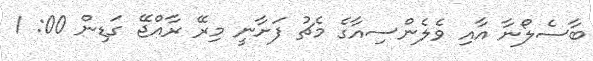
ބާސެލޯނާ އާއި ވެލެންސިއާގެ މެޗު ފަށާނީ މިރޭ ރާއްޖޭ ގަޑިން 00: 1